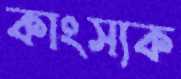
কাংস্যক